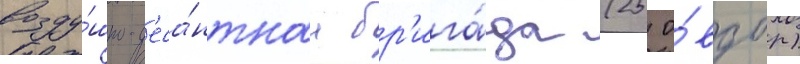
возду́шно-д'еса́нтнаа бр'ига́да (25 о́вдбр)